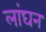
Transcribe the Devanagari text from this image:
लांघन